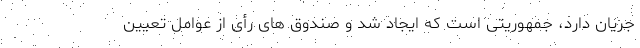
جریان دارد، جمهوریتی است که ایجاد شد و صندوق های رأی از عوامل تعیین